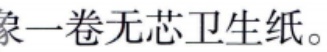
象一卷无芯卫生纸。